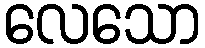
လေသော